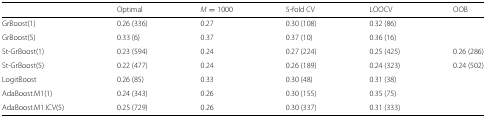
<table><thead><tr><td></td><td><b>Optimal</b></td><td><b><i>M</i>=1000</b></td><td><b>5-fold CV</b></td><td><b>LOOCV</b></td><td><b>OOB</b></td></tr></thead><tbody><tr><td>GrBoost(1)</td><td>0.26 (336)</td><td>0.27</td><td>0.30 (108)</td><td>0.32 (86)</td><td></td></tr><tr><td>GrBoost(5)</td><td>0.33 (6)</td><td>0.37</td><td>0.37 (10)</td><td>0.36 (16)</td><td></td></tr><tr><td>St-GrBoost(1)</td><td>0.23 (594)</td><td>0.24</td><td>0.27 (224)</td><td>0.25 (425)</td><td>0.26 (286)</td></tr><tr><td>St-GrBoost(5)</td><td>0.22 (477)</td><td>0.24</td><td>0.26 (189)</td><td>0.24 (323)</td><td>0.24 (502)</td></tr><tr><td>LogitBoost</td><td>0.26 (85)</td><td>0.33</td><td>0.30 (48)</td><td>0.31 (38)</td><td></td></tr><tr><td>AdaBoost.M1(1)</td><td>0.24 (343)</td><td>0.26</td><td>0.30 (155)</td><td>0.35 (75)</td><td></td></tr><tr><td>AdaBoost.M1.ICV(5)</td><td>0.25 (729)</td><td>0.26</td><td>0.30 (337)</td><td>0.31 (333)</td><td></td></tr></tbody></table>